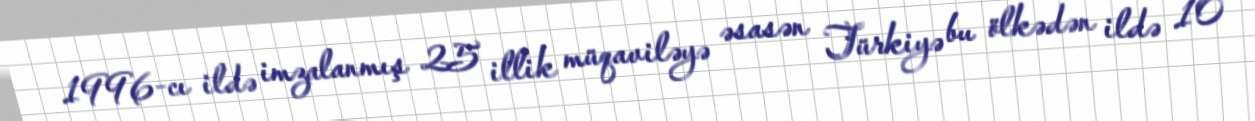
1996-cı ildə imzalanmış 25 illik müqaviləyə əsasən Türkiyə bu ölkədən ildə 10